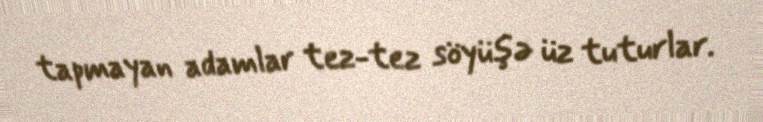
tapmayan adamlar tez-tez söyüşə üz tuturlar.